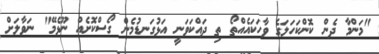
"މަންމާ ދެން ކޮންކަހަލަގެ ވާހަކައެއްތޯ ތި ދައްކަވަނީ އަޅުގަނޑުމެން ގޯސްކޮށެއް ނޫޅެމޭ" ނަވާލަށް